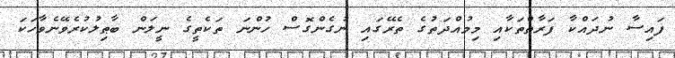
ފައިސާ ނުދައްކާ ފަރާތްތަކާއި މިމުއްދަތުގެ ތެރޭގައި ނުގެންގޮސް ހުންނަ ތަކެތީގެ ނީލަން ބާޠިލުކުރެވޭނެވާހަކަ